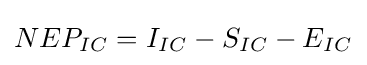
NEP_{IC}=I_{IC}-S_{IC}-E_{IC}